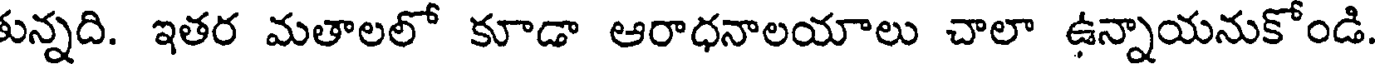
కున్నది. ఇతర మతాలలో కూడా ఆరాధనాలయాలు చాలా ఉన్నాయనుకోండి.